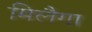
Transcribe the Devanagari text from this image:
मिलैगा